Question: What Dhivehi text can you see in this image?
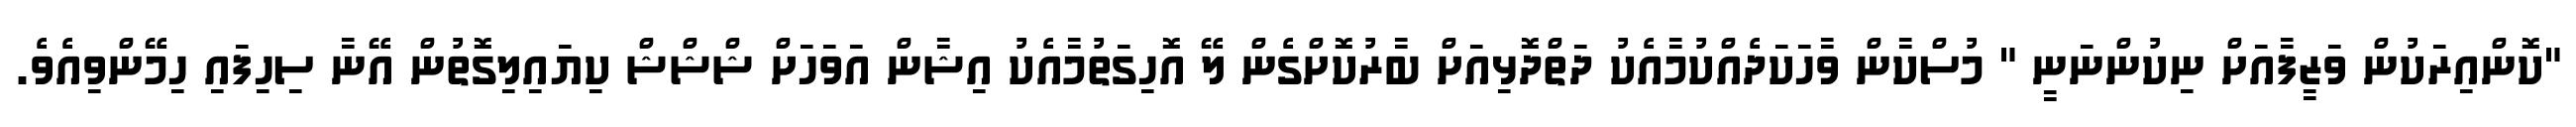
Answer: "ކޮންއިރަކުން ވަޒީފާއަށް ނިކުންނަނީ " މުސްކާން ވާހަކަދެއްކުމާއެކު ދަތްދޮޅިއަށް ބާރުކޮށްގެން ލޭ އޮހިގަތުމާއެކު އިޝާން އަވަހަށް ޝްޝްޝް ކިޔައިލިގޮތުން އޭނާ ސިހިފައި ހިމޭންވިއެވެ.